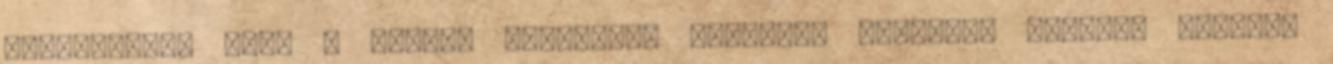
kiegészítők Diag - Utazók hasmenése Betegség leírása: Kevésbé fejlett